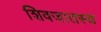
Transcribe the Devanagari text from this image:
शिवजातस्य